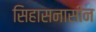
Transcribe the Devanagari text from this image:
सिहासनासीन